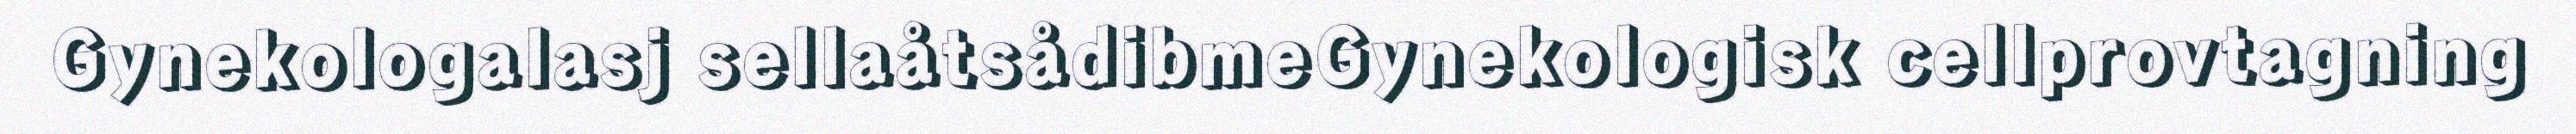
Gynekologalasj sellaåtsådibmeGynekologisk cellprovtagning